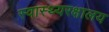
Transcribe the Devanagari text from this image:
स्वास्थ्यरक्षालय